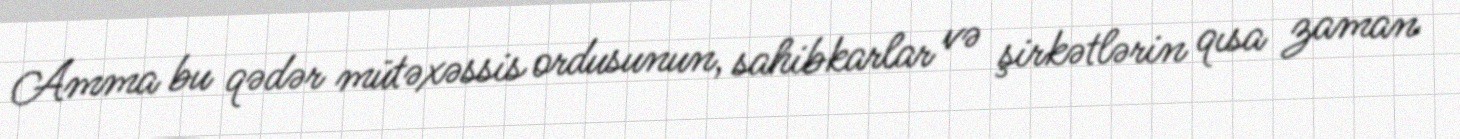
Amma bu qədər mütəxəssis ordusunun, sahibkarlar və şirkətlərin qısa zaman